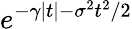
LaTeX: e^{-\gamma|t|-\sigma^{2}t^{2}/2}